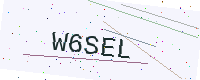
Text: W6SEL